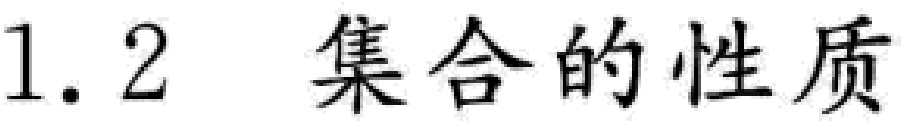
$1.2\ \ 集合的性质$